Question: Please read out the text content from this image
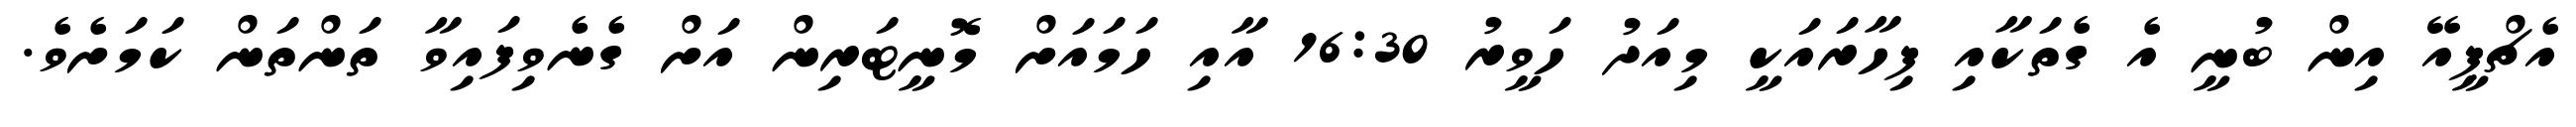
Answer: އެޗްޕީއޭ އިން ބުނީ އެ ގެތަކާއި ފިހާރައަކީ މިއަދު ހަވީރު 16:30 އާއި ހަމައަށް މޮނީޓަރިން އަށް ގެނެވިފައިވާ ތަންތަން ކަމަށެވެ.